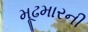
મૂઢમારની